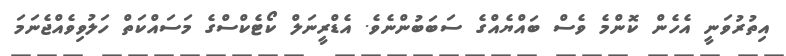
އިތުރުވަނީ އެހެން ކޮންމެ ވެސް ބައްޔެއްގެ ސަބަބުންނެވެ. އެޑްރީނަލް ކޯޓެކްސްގެ މަސައްކަތް ހަލުވިވެއްޖެނަމަ